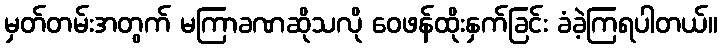
မှတ်တမ်းအတွက် မကြာခဏဆိုသလို ဝေဖန်ထိုးနှက်ခြင်း ခံခဲ့ကြရပါတယ်။